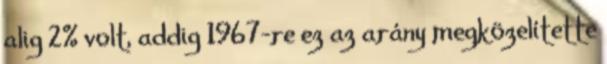
alig 2% volt, addig 1967-re ez az arány megközelítette